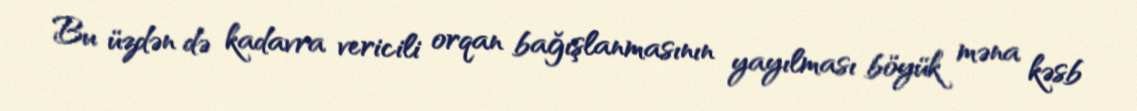
Bu üzdən də kadavra vericili orqan bağışlanmasının yayılması böyük məna kəsb